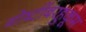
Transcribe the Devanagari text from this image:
गोष्टींबरहुकूम